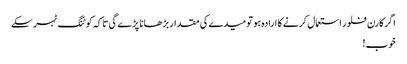
اگر کارن فلور استعمال کرنے کا ارادہ ہو تو میدے کی مقدار بڑھانا پڑے گی تاکہ کوٹنگ ٹہر سکے
خوب!